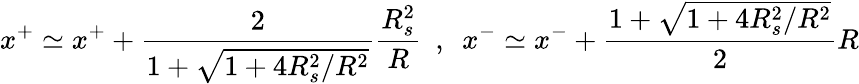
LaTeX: x^{+}\simeq x^{+}+\frac{2}{1+\sqrt{1+4R_{s}^{2}/R^{2}}}\frac{R_{s}^{2}}{R}\ \ ,\ \ x^{-}\simeq x^{-}+\frac{1+\sqrt{1+4R_{s}^{2}/R^{2}}}{2}R